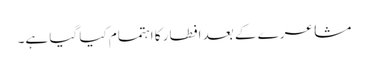
مشاعرے کے بعد افطار کا اہتمام کیا گیا ہے۔